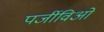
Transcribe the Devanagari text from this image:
पर्जीविओं